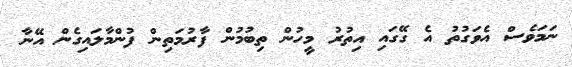
ނަމަވެސް އެވަގުތު އެ ގޭގައި އިތުރު މީހުން ތިބުމުން ފާރުމަތިން ފުންމާލައިގެން އޭނާ